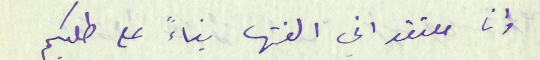
وانا معتقد اني الفتها بناءً على طلبكم